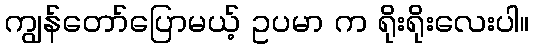
ကျွန်တော်ပြောမယ့် ဥပမာ က ရိုးရိုးလေးပါ။